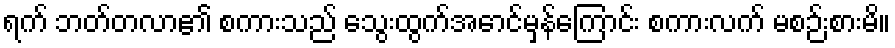
ရက် ဘတ်တလာ၏ စကားသည် သွေးထွက်အောင်မှန်ကြောင်း စကားလက် မစဉ်းစားမိ။